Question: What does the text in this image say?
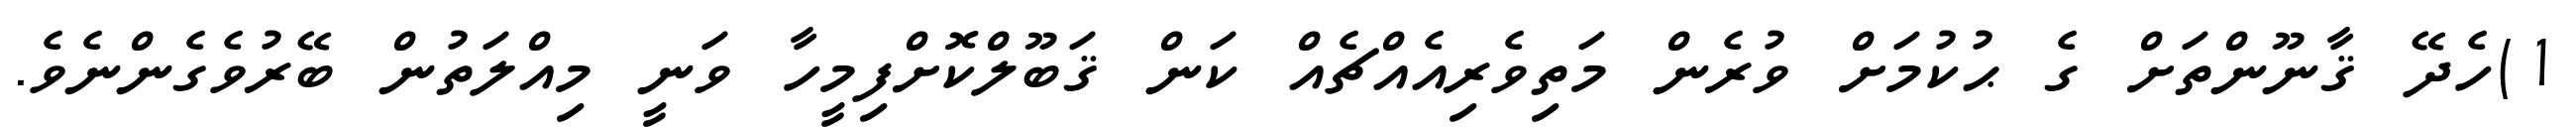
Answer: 1)ހެދޭ ޤާނޫންތަށް ގެ ޙުކުމަށް ވުރެން މަތިވެރިއެއްޗެއް ކަން ޤަބޫލްކޮށްފިމީހާ ވަނީ މިއްލަތުން ބޭރުވެގެންނެވެ.